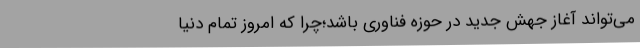
می‌تواند آغاز جهش جدید در حوزه فناوری باشد؛چرا که امروز تمام دنیا